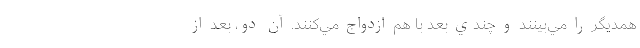
همديگر را مي‌بينند و چندي بعد با هم ازدواج مي‌کنند. آن دو، بعد از